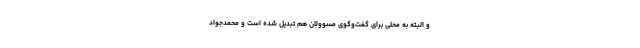
و البته به محلی برای گفت‌وگوی مسوولان هم تبدیل شده است و محمدجواد